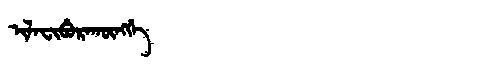
Manchu: ᡳᠯᠠᠸᡳᠪᡠᡵᠠᡴᡡᠩᡤᡝ
Romanization: ILAFIBURAKŪNGGE